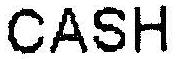
CASH